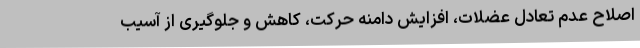
اصلاح عدم تعادل عضلات، افزایش دامنه حرکت، کاهش و جلوگیری از آسیب